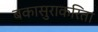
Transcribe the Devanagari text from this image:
बकासुराकरिता